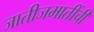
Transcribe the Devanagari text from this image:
जातीजमातींची